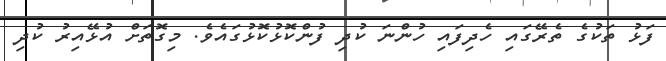
ފަޅު ތަކުގެ ތެރޭގައި ހެދިފައި ހުންނަ ކުދި ފުންކޮޅުކޮޅުގައެވެ. މިގޮތަށް އުޅޭއިރު ކުދި